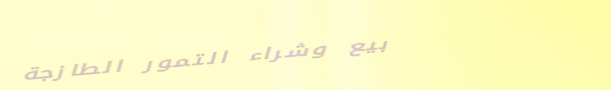
بيع وشراء التمور الطازجة